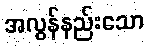
အလွန်နည်းသော